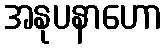
အနုပနာဟော